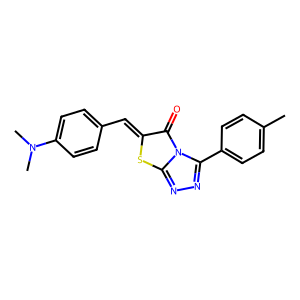
SMILES: Cc1ccc(-c2nnc3sc(=Cc4ccc(N(C)C)cc4)c(=O)n23)cc1
Inhibits HIV replication: No